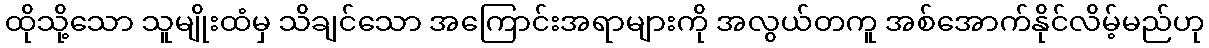
ထိုသို့သော သူမျိုးထံမှ သိချင်သော အကြောင်းအရာများကို အလွယ်တကူ အစ်အောက်နိုင်လိမ့်မည်ဟု